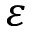
\varepsilon